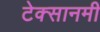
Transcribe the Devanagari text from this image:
टेक्सानमी